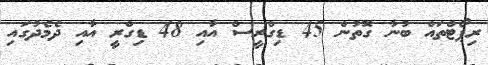
ރިޕޯޓްތައް ބުނާ ގޮތުން 45 ޑިގްރީސް އާއި 48 ޑިގްރީ އާއި ދެމެދުގައި